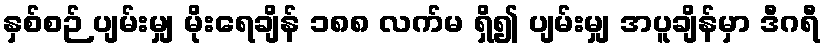
နှစ်စဉ် ပျမ်းမျှ မိုးရေချိန် ၁၈၈ လက်မ ရှိ၍ ပျမ်းမျှ အပူချိန်မှာ ဒီဂရီ